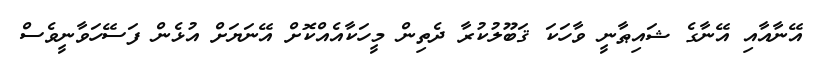
އޭނާއާއި އޭނާގެ ޝައިޠާނީ ވާހަކަ ޤަބޫލުކުރާ ދެތިން މީހަކާއެއްކޮށް އޭނަޔަށް އުޅެން ފަސޭހަވާނީވެސް